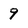
Character: 9